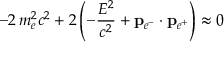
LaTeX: - 2 \, m _ { e } ^ { 2 } c ^ { 2 } + 2 \left( - { \frac { E ^ { 2 } } { c ^ { 2 } } } + \mathbf { p } _ { e ^ { - } } \cdot \mathbf { p } _ { e ^ { + } } \right) \approx 0